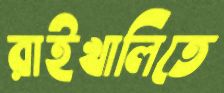
রাইখালিতে